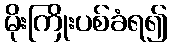
မိုးကြိုးပစ်ခံရ၍